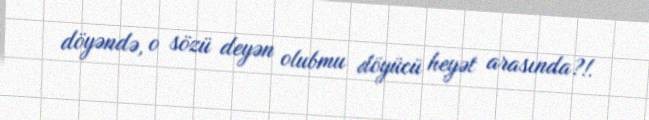
döyəndə, o sözü deyən olubmu döyücü heyət arasında?!.